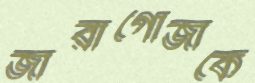
জারাগোজাকে